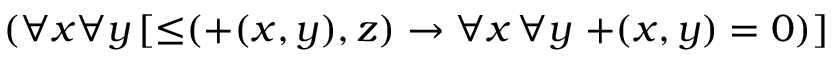
( \forall x \forall y \, [ \mathop { \leq } ( \mathop { + } ( x , y ) , z ) \to \forall x \, \forall y \, \mathop { + } ( x , y ) = 0 ) ]